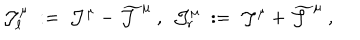
LaTeX: { \mathcal J } _ { \ell } ^ { \mu } \; : = \; { \mathcal J } ^ { \mu } - \widetilde { { \mathcal J } } ^ { \mu } ~ , ~ ~ { \mathcal J } _ { r } ^ { \mu } \; : = \; { \mathcal J } ^ { \mu } + \widetilde { { \mathcal J } } ^ { \mu } ~ ,